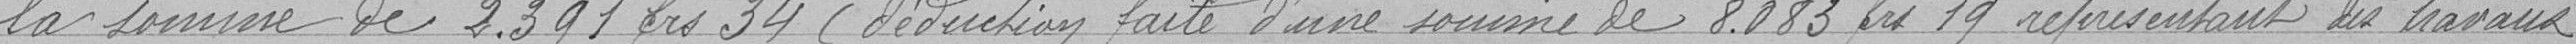
la somme de 2.391 francs 34 (déduction faite d'une sommes de 8.083 francs 19 représentant des travaux